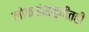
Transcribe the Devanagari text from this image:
लोकसंस्कृतीतही